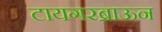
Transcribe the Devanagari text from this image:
टायगरब्राऊन